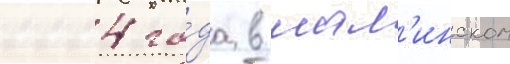
2004 го́да в шал'инском